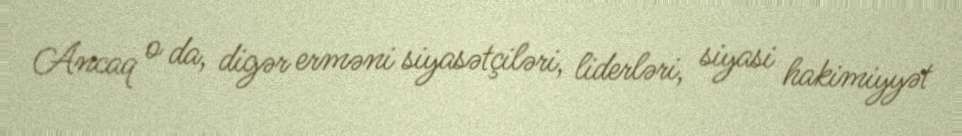
Ancaq o da, digər erməni siyasətçiləri, liderləri, siyasi hakimiyyət